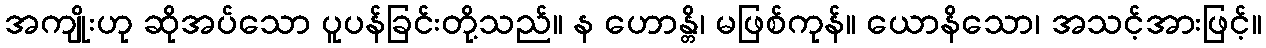
အကျိုးဟု ဆိုအပ်သော ပူပန်ခြင်းတို့သည်။ န ဟောန္တိ၊ မဖြစ်ကုန်။ ယောနိသော၊ အသင့်အားဖြင့်။